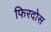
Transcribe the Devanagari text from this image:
फिरदोस